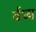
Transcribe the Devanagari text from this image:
र्वध्य